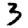
Digit: 3